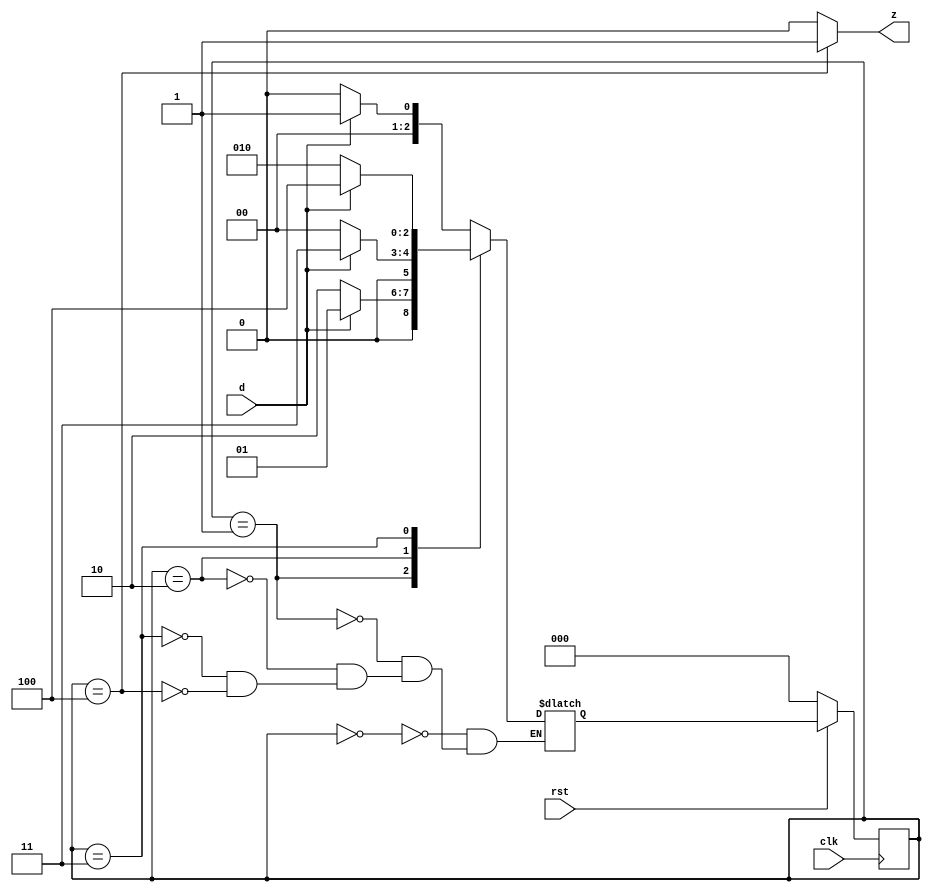
`timescale 1ns / 1ps
//////////////////////////////////////////////////////////////////////////////////
// Company: 
// Engineer: 
// 
// Design Name: 
// Module Name: Moore_1011_seq_NO
// Name - Kaushal Kumar Kumawat
// Roll No. - 21PHC1R15
//////////////////////////////////////////////////////////////////////////////////


module Moore_1011_seq_NO(z,d,clk,rst);
input d,clk,rst;
output reg z;

reg [2:0] pre_state, nxt_state;
parameter A = 3'b000, B = 3'b001, C = 3'b010, D = 3'b011, E = 3'b100;

// Combinational logic for next state
always @(pre_state,d)
case(pre_state)
    A: nxt_state = d ? B : A;
    B: nxt_state = d ? B : C;
    C: nxt_state = d ? D : A;
    D: nxt_state = d ? E : C;
    E: nxt_state = d ? B : A; 
endcase

always @(negedge clk)
if(!rst)    pre_state <= 3'b000;
else    pre_state <= nxt_state;  

always @(pre_state)
if (pre_state == E) z = 1;
else z = 0;
endmodule